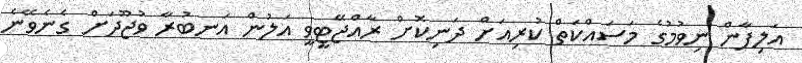
އަލިފާން ނިވުމުގެ މަސައްކަތް ކުރިއަށް ދަނިކޮށް ރާއްޖޭޓީވީ އަލުން އަނބުރާ ވުޖޫދަށް ގެނެވޭނެ